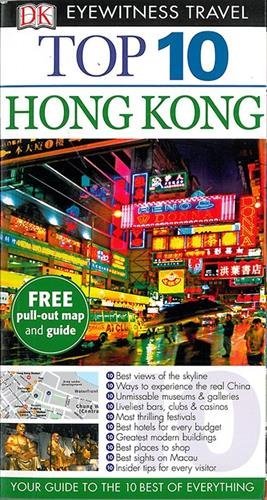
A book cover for DK Eyewitness Top 10 Travel Guide: Hong Kong by Andrew Stone (1-May-2015) Paperback; Andrew Stone; Travel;